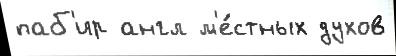
паб'ир англ м'е́стных духов